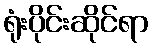
ရုံးပိုင်းဆိုင်ရာ